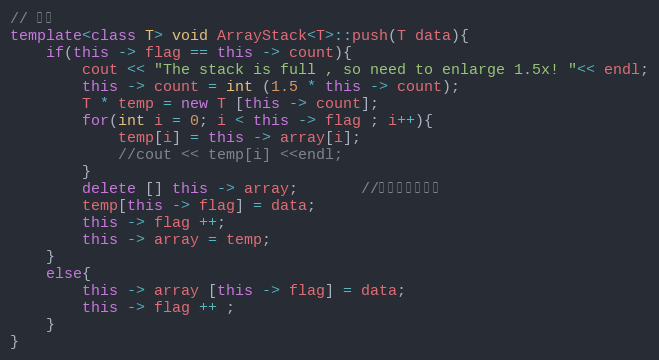
Language: C++
// 入栈
template<class T> void ArrayStack<T>::push(T data){
    if(this -> flag == this -> count){
        cout << "The stack is full , so need to enlarge 1.5x! "<< endl;
        this -> count = int (1.5 * this -> count);
        T * temp = new T [this -> count];
        for(int i = 0; i < this -> flag ; i++){
            temp[i] = this -> array[i];
            //cout << temp[i] <<endl;
        }
        delete [] this -> array;       //释放原来的空间
        temp[this -> flag] = data;
        this -> flag ++;
        this -> array = temp;
    }
    else{
        this -> array [this -> flag] = data;
        this -> flag ++ ;
    }
}